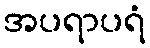
အပရာပရံ